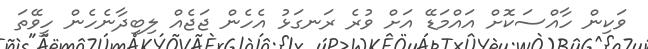
ވަކިން ހާއްސަކޮށް އައްމަޑޭ އަށް ވުރެ ރަނގަޅު އެހެން ޖަޖެއް ލިބިދާނެހެން ހީވޭތަ